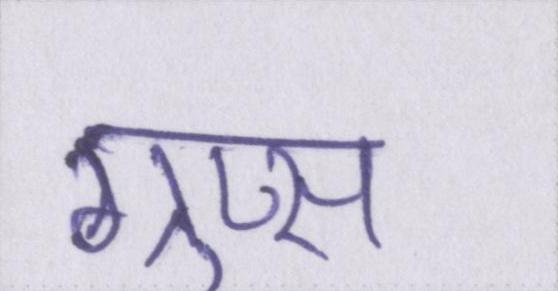
ग्रुप्स